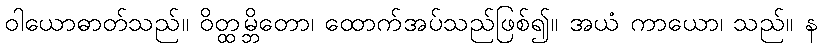
ဝါယောဓာတ်သည်။ ဝိတ္ထမ္ဘိတော၊ ထောက်အပ်သည်ဖြစ်၍။ အယံ ကာယော၊ သည်။ န